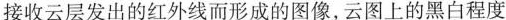
接收云层发出的红外线而形成的图像，云图上的黑白程度